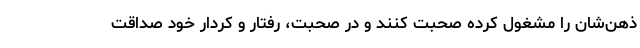
ذهن‌شان را مشغول کرده صحبت کنند و در صحبت‌، رفتار و کردار خود صداقت